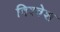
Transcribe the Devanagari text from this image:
विश्‍वेश